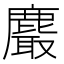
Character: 𪋄